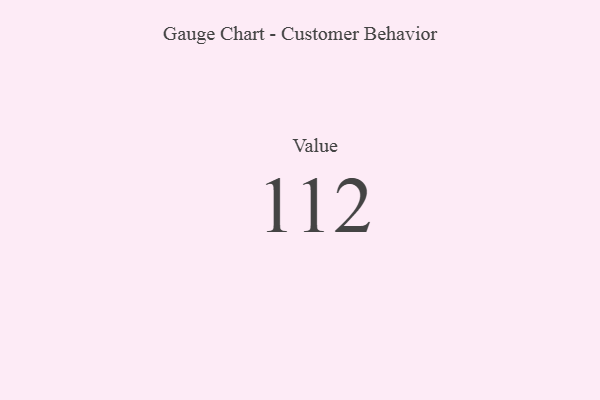
{"axis": {"x": "Metric", "y": "Value"}, "legend": [""], "data": [{"x": "Value", "y": 112, "type": ""}]}